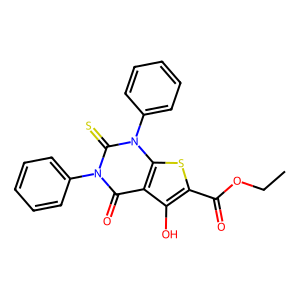
SMILES: CCOC(=O)c1sc2c(c1O)c(=O)n(-c1ccccc1)c(=S)n2-c1ccccc1
Inhibits HIV replication: No